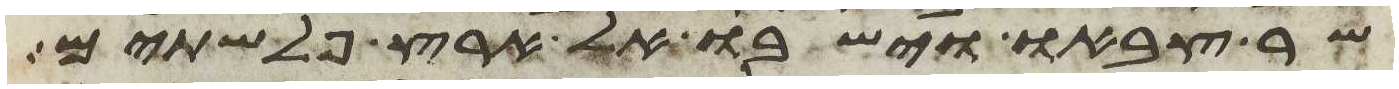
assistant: שר צבאו וישבו אל ארץ פלשתים